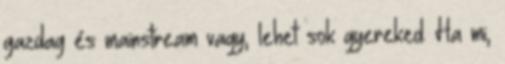
gazdag és mainstream vagy, lehet sok gyereked. Ha mi,